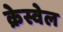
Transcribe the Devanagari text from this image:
क्रेस्वेल